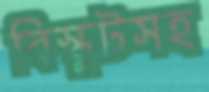
বিস্কুটসহ